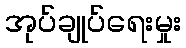
အုပ်ချုပ်ရေးမှုး